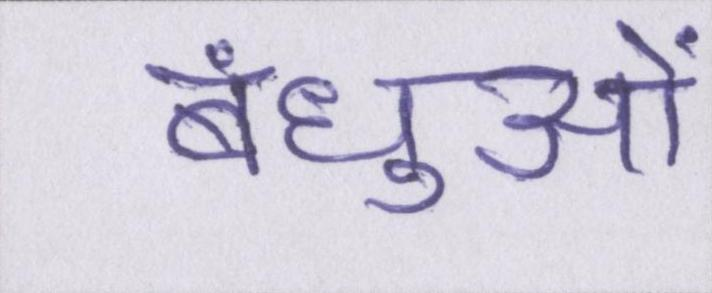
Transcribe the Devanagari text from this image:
बंधुओं